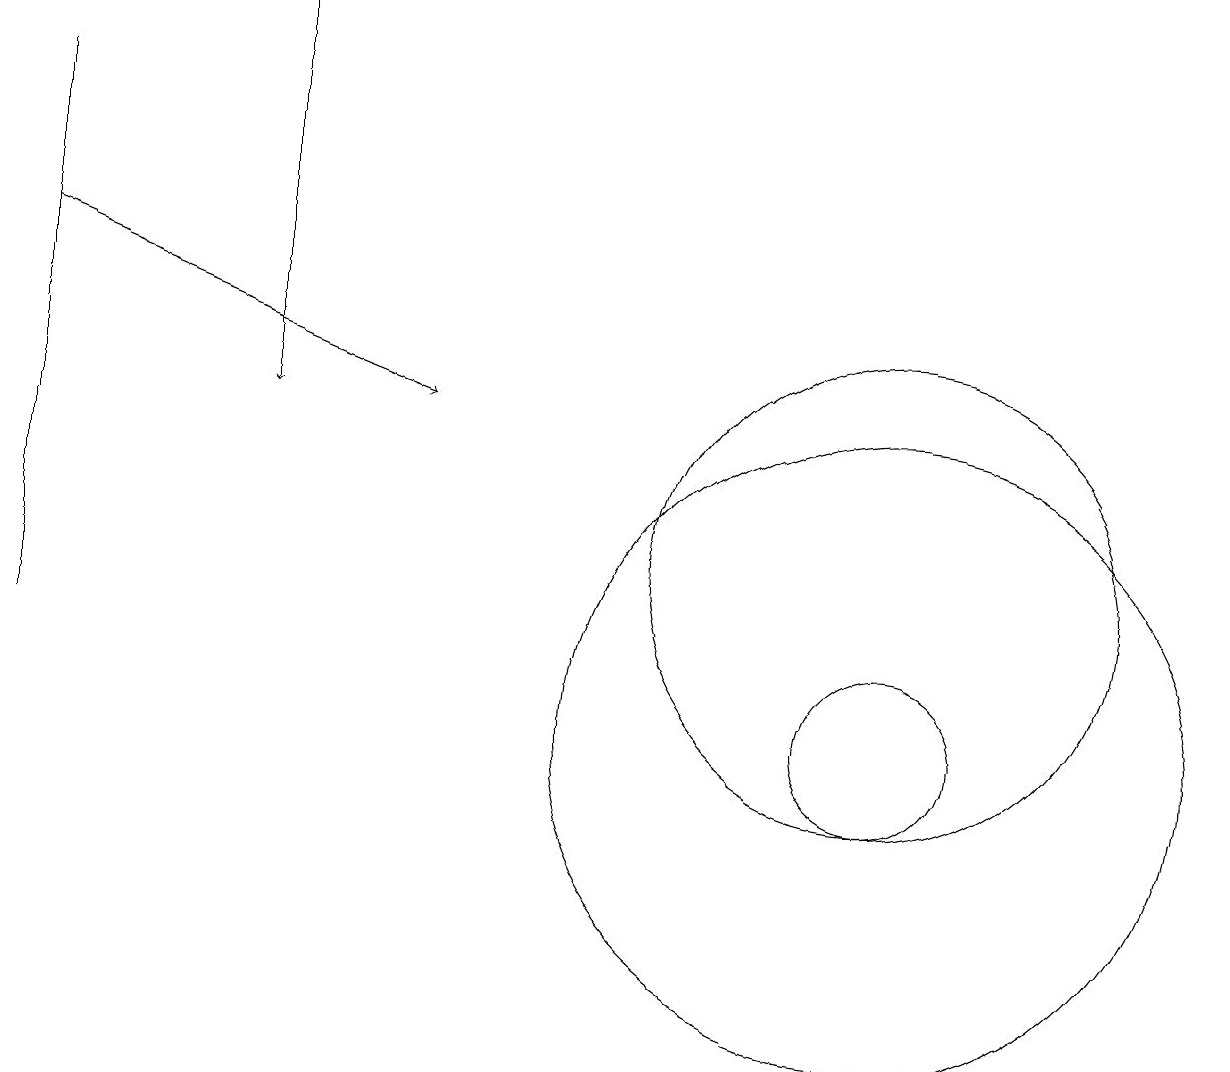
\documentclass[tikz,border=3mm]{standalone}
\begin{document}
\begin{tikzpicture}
\draw (11,10) circle (4);
\draw (0,18) rectangle (0,11);
\draw[->] (3,19) -- (3,14);
\draw[->] (0,16) -- (5,14);
\draw (11,10) circle (1);
\draw (11,12) circle (3);
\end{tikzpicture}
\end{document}